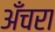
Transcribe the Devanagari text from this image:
अँचरा